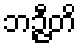
ဘဉ္ဇီတိ